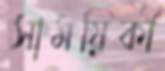
সাময়িকী